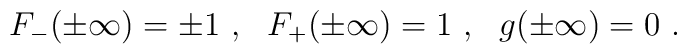
F_- (\pm \infty ) = \pm 1 \ ,\ \ F_+ ( \pm \infty ) = 1 \ , \ \  g (\pm \infty ) = 0 \ .